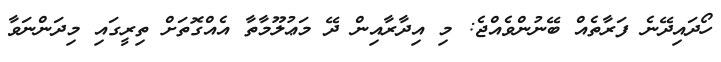
ހޯދައިދޭނެ ފަރާތެއް ބޭނުންވެއްޖެ: މި އިދާރާއިން ދޭ މަޢުލޫމާތާ އެއްގޮތަށް ތިރީގައި މިދަންނަވާ